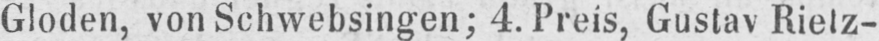
Gloden, von Schwebsingen; 4. Preis, Gustav Rietz-